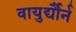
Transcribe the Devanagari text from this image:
वायुर्द्यौर्न